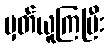
မှတ်ယူကြပြီး